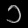
Digit: ၁